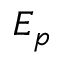
E _ { p }